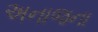
અનાજના